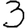
Digit: 3